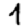
Digit: 1